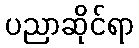
ပညာဆိုင်ရာ